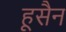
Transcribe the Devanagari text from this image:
हूसैन